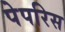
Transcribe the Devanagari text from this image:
पेपरिस